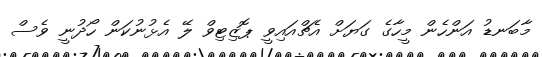
މާބަނޑު އަންހެން މީހާގެ ގަޔަށް އެޗްއައިވީ ޕޮޒިޓިވް ލޭ އެޅުނުކަން ހޯދުނީ ވެސް